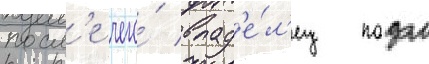
посл'е чего́ влад'е́л'ец подал